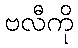
ဗလီကို